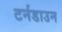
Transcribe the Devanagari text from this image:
टर्नडाउन